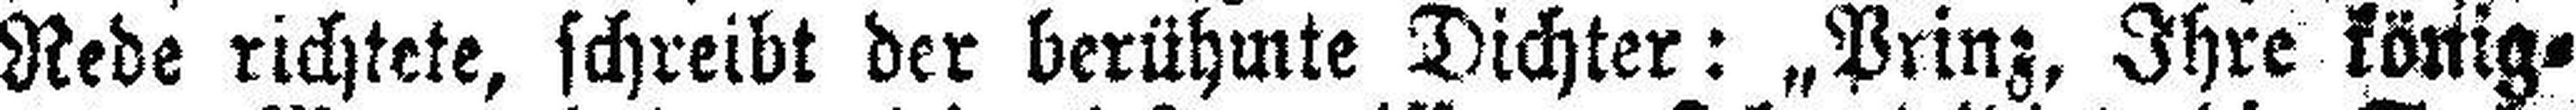
Rede richtete, schreibt der berühmte Dichter: „Prinz, Ihre könig¬